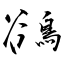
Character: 鵒